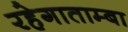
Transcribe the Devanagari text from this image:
रहेगाताम्बा